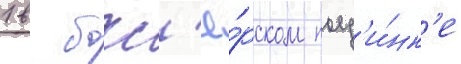
1 в бокс'ё́рском поед'и́нк'е